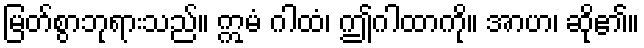
မြတ်စွာဘုရားသည်။ ဣမံ ဂါထံ၊ ဤဂါထာကို။ အာဟ၊ ဆို၏။